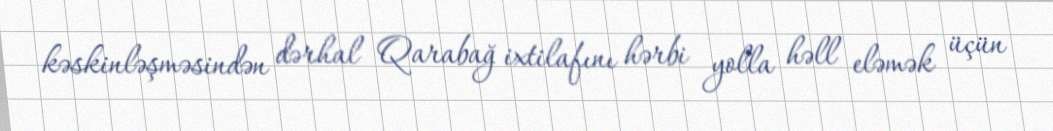
kəskinləşməsindən dərhal Qarabağ ixtilafını hərbi yolla həll eləmək üçün